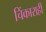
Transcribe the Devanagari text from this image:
चिंकाराही